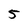
Character: 5